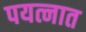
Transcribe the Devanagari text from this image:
पयत्नात